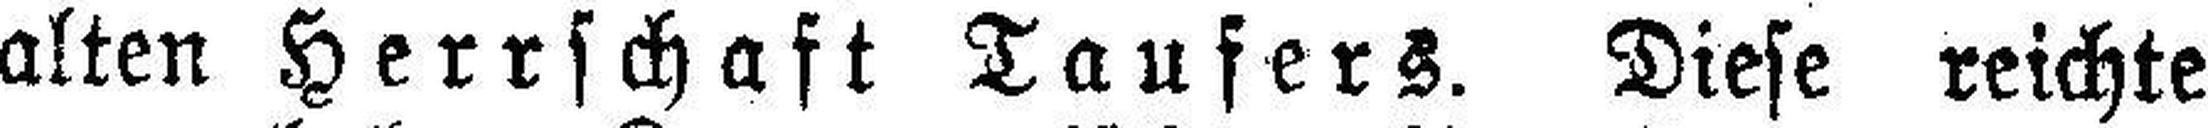
alten Herrschaft Taufers. Diese reichte